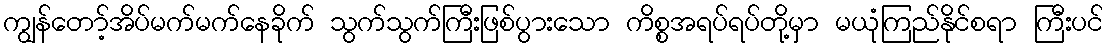
ကျွန်တော့်အိပ်မက်မက်နေခိုက် သွက်သွက်ကြီးဖြစ်ပွားသော ကိစ္စအရပ်ရပ်တို့မှာ မယုံကြည်နိုင်စရာ ကြီးပင်